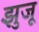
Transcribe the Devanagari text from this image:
झुंजू